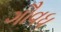
ગૌવધ